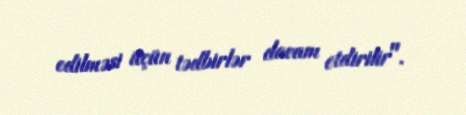
edilməsi üçün tədbirlər davam etdirilir".